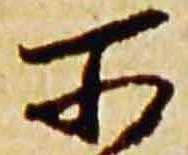
所